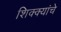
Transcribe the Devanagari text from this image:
शिक्क्यांचे